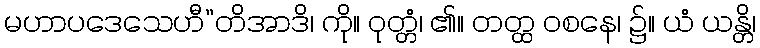
မဟာပဒေသေဟီ”တိအာဒိ၊ ကို။ ဝုတ္တံ၊ ၏။ တတ္ထ ဝစနေ၊ ၌။ ယံ ယန္တိ၊